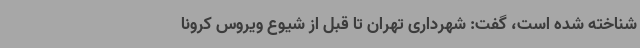
شناخته شده‌ است،‌ گفت:‌ شهرداری تهران تا قبل از شیوع ویروس کرونا